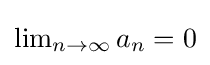
{\textstyle \lim _{n\to \infty }a_{n}=0}